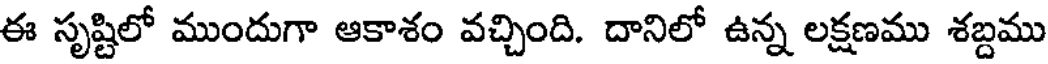
ఈ సృష్టిలో ముందుగా ఆకాశం వచ్చింది. దానిలో ఉన్న లక్షణము శబ్దము